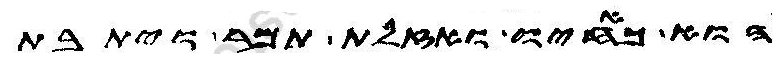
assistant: הוא כאחיו ואזלת תמר ויתבת